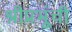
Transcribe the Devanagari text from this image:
श्रीप्रभूंची